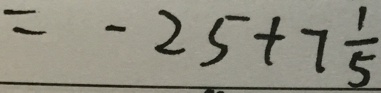
= - 2 5 + 7 \frac { 1 } { 5 }